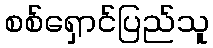
စစ်ရှောင်ပြည်သူ